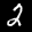
Label: 2